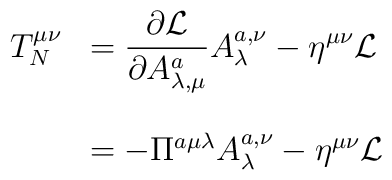
\begin{array}{ll}T_{N}^{\mu\nu}&=\displaystyle{\frac{\partial{\cal L}}{\partial A^{a}_{\lambda,\mu}}A^{a,\nu}_{\lambda}-\eta^{\mu\nu}{\cal L}}\\{}&{}\\{}&=-\Pi^{a\mu\lambda}A^{a,\nu}_{\lambda}-\eta^{\mu\nu}{\cal L}\end{array}